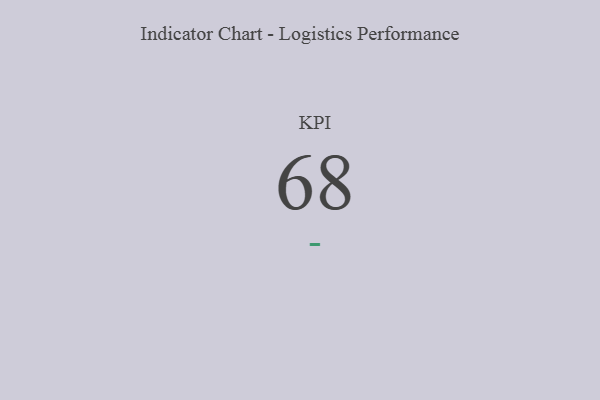
{"axis": {"x": "KPI", "y": "Value"}, "legend": [""], "data": [{"x": "KPI", "y": 68, "type": ""}]}